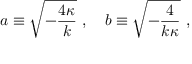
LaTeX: a \equiv \sqrt { - { \frac { 4 \kappa } { k } } } \ , \ \ \ b \equiv \sqrt { - { \frac { 4 } { k \kappa } } } \ ,